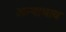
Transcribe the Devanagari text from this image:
अन्याभाव